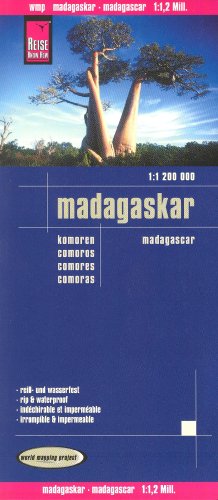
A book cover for Madagascar & Comoros 1:1,200,000 Travel Map, waterproof, GPS-compatible REISE; Reise Knowhow; Travel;